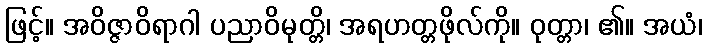
ဖြင့်။ အဝိဇ္ဇာဝိရာဂါ ပညာဝိမုတ္တိ၊ အရဟတ္တဖိုလ်ကို။ ဝုတ္တာ၊ ၏။ အယံ၊